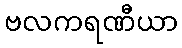
ဗလကရဏီယာ